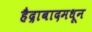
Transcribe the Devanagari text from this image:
हैद्राबादमधून